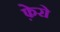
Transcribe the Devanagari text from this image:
फ़ेरो